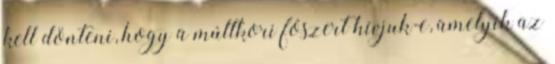
kell dönteni, hogy a múltkori fószert hívjuk-e, amelyik az